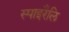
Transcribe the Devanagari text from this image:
स्पाइरैलि